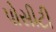
પોસીટી